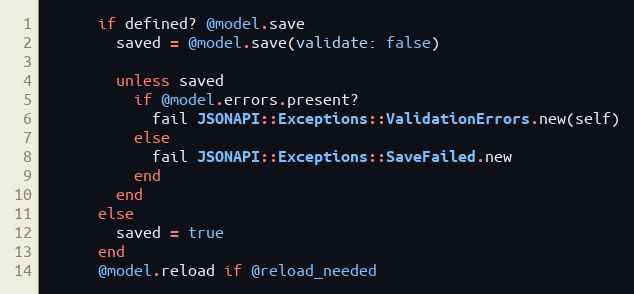
Language: Ruby
      if defined? @model.save
        saved = @model.save(validate: false)

        unless saved
          if @model.errors.present?
            fail JSONAPI::Exceptions::ValidationErrors.new(self)
          else
            fail JSONAPI::Exceptions::SaveFailed.new
          end
        end
      else
        saved = true
      end
      @model.reload if @reload_needed